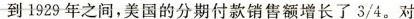
到1929年之间，美国的分期付款销售额增长了3/4。对